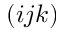
( i j k )